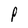
Character: P